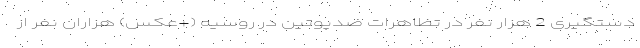
دستگیری 2 هزار نفر در تظاهرات ضدپوتین در روسیه (+عکس) هزاران نفر از